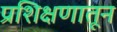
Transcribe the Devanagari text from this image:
प्रशिक्षणातून